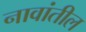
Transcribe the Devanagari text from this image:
नावांतील